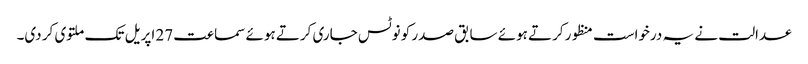
عدالت نے یہ درخواست منظور کرتے ہوئے سابق صدر کو نوٹس جاری کرتے ہوئے سماعت 27 اپریل تک ملتوی کر دی۔